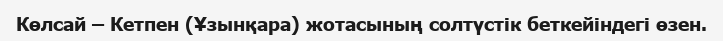
Көлсай – Кетпен (Ұзынқара) жотасының солтүстік беткейіндегі өзен.